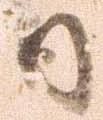
日